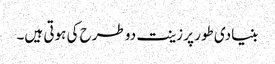
بنیادی طور پر زینت دو طرح کی ہوتی ہیں۔